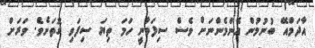
އާދަމްއޭ ބުނުމުން އެންމެންނަށް ވެސް ސިފަވާނީ ހަމަ ތިޔަ ސިފަވި ގޮތަށެވެ. ވަރަށް